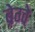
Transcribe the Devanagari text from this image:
ब्रेग्वे